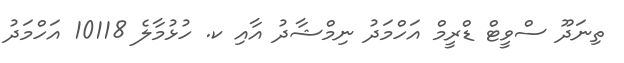
ތިނަދޫ ސްވީޓް ޑްރީމް އަހްމަދު ނިމްޝާދު އާއި ކ. ހުޅުމާލެ 10118 އަހްމަދު